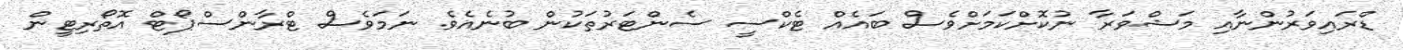
ޑްރައިވަރުންނާއި މަޝްވަރާ ނުކޮށްކަމަށްވެސް ބައެއް ޓެކްސީ ސެންޓަރުތަކުން ބުނެއެވެ. ނަމަވެސް ޓްރާންސްޕޯޓް އޮތޯރިޓީން